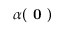
\alpha ( \textbf { 0 } )